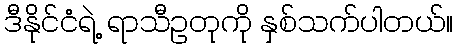
ဒီနိုင်ငံရဲ့ ရာသီဥတုကို နှစ်သက်ပါတယ်။